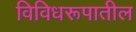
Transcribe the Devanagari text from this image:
विविधरूपातील